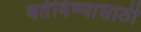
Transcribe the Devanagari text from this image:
वर्तविण्यासाठी